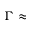
\Gamma \approx